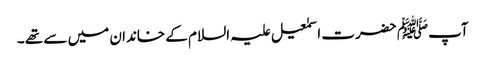
آپﷺ حضرت اسمٰعیل علیہ السلام کے خاندان میں سے تھے ۔